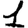
Digit: 1